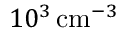
1 0 ^ { 3 } \, \mathrm { c m } ^ { - 3 }